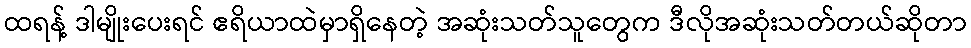
ထရန့် ဒါမျိုးပေးရင် ဧရိယာထဲမှာရှိနေတဲ့ အဆုံးသတ်သူတွေက ဒီလိုအဆုံးသတ်တယ်ဆိုတာ